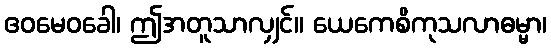
ဧဝမေဝခေါ၊ ဤအတူသာလျှင်။ ယေကေစိကုသလာဓမ္မာ၊